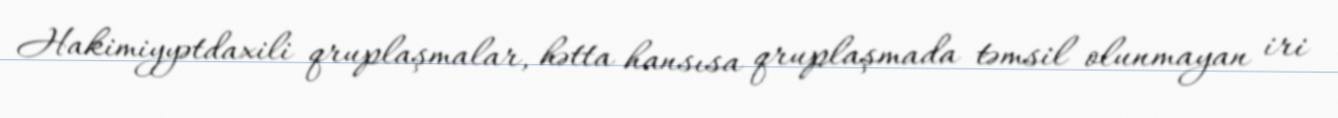
Hakimiyyətdaxili qruplaşmalar, hətta hansısa qruplaşmada təmsil olunmayan iri